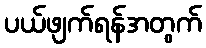
ပယ်ဖျက်ရန်အတွက်